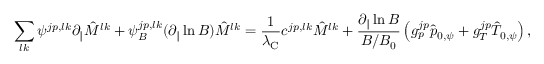
\sum _ { l k } \psi ^ { j p , l k } \partial _ { \| } \hat { M } ^ { l k } + \psi _ { B } ^ { j p , l k } ( \partial _ { \| } \ln B ) \hat { M } ^ { l k } = \frac { 1 } { \lambda _ { \mathrm { C } } } c ^ { j p , l k } \hat { M } ^ { l k } + \frac { \partial _ { \| } \ln B } { B / B _ { 0 } } \left( g _ { p } ^ { j p } \hat { p } _ { 0 , \psi } + g _ { T } ^ { j p } \hat { T } _ { 0 , \psi } \right) ,